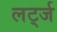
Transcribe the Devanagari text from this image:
लर्ट्ज